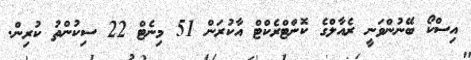
އިސްކޯ ބޭނުންވަނީ ރެއާލްގެ ކޮންޓްރެކްޓް އާކުރަން 51 މިނެޓް 22 ސިކުންތު ކުރިން.